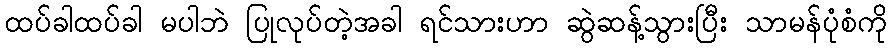
ထပ်ခါထပ်ခါ မပါဘဲ ပြုလုပ်တဲ့အခါ ရင်သားဟာ ဆွဲဆန့်သွားပြီး သာမန်ပုံစံကို